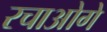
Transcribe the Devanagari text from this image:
रचाओगे